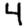
Digit: 4